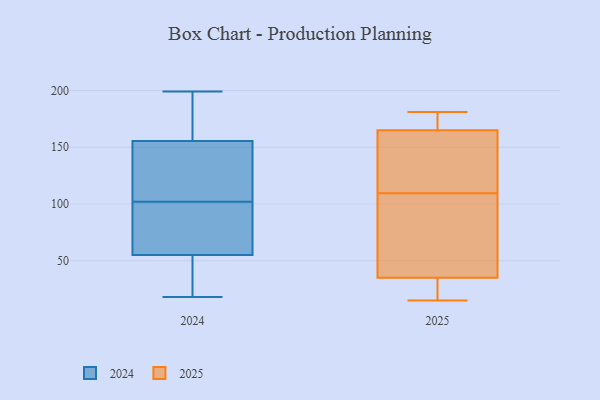
{"axis": {"x": "Customer Acquisition Cost (USD)", "y": "Value"}, "legend": ["2024", "2025"], "data": [{"x": "", "y": 93, "type": "2025"}, {"x": "", "y": 84, "type": "2025"}, {"x": "", "y": 165, "type": "2025"}, {"x": "", "y": 173, "type": "2025"}, {"x": "", "y": 181, "type": "2025"}, {"x": "", "y": 34, "type": "2025"}, {"x": "", "y": 136, "type": "2025"}, {"x": "", "y": 35, "type": "2025"}, {"x": "", "y": 126, "type": "2025"}, {"x": "", "y": 15, "type": "2025"}, {"x": "", "y": 69, "type": "2024"}, {"x": "", "y": 44, "type": "2024"}, {"x": "", "y": 181, "type": "2024"}, {"x": "", "y": 134, "type": "2024"}, {"x": "", "y": 199, "type": "2024"}, {"x": "", "y": 50, "type": "2024"}, {"x": "", "y": 92, "type": "2024"}, {"x": "", "y": 60, "type": "2024"}, {"x": "", "y": 184, "type": "2024"}, {"x": "", "y": 97, "type": "2024"}, {"x": "", "y": 154, "type": "2024"}, {"x": "", "y": 18, "type": "2024"}, {"x": "", "y": 184, "type": "2024"}, {"x": "", "y": 150, "type": "2024"}, {"x": "", "y": 24, "type": "2024"}, {"x": "", "y": 28, "type": "2024"}, {"x": "", "y": 67, "type": "2024"}, {"x": "", "y": 154, "type": "2024"}, {"x": "", "y": 157, "type": "2024"}, {"x": "", "y": 107, "type": "2024"}]}